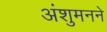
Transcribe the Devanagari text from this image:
अंशुमनने